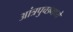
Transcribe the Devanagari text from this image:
आंत्रपुच्छमध्ये